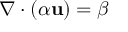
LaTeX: \nabla \cdot \left( \alpha \mathbf { u } \right) = \beta